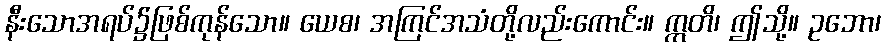
နီးသောအရပ်၌ဖြစ်ကုန်သော။ ယေစ၊ အကြင်အသံတို့လည်းကောင်း။ ဣတိ၊ ဤသို့။ ဥဘော၊